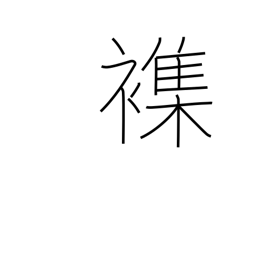
Meaning: mingle